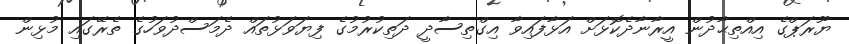
ޔޫރަޕްގެ އިއްތިޙާދުން އީރާނާދެކޮޅަށް އަޅާފައިވާ އިގްތިސާދީ ދަތިކުރުމުގެ ފިޔަވަޅުތައް ދެމަސްދުވަހުގެ ތެރޭގައި މުޅިން